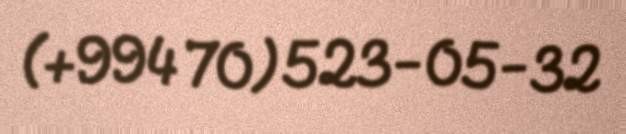
(+994 70) 523-05-32